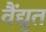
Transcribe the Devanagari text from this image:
वैंद्युत